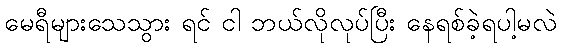
မေရီများသေသွား ရင် ငါ ဘယ်လိုလုပ်ပြီး နေရစ်ခဲ့ရပါ့မလဲ